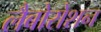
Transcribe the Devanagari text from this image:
लैबोरोशन